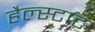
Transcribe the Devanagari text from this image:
हैल्स्टाट